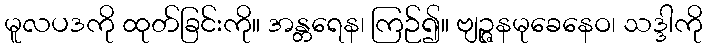
မူလပဒကို ထုတ်ခြင်းကို။ အန္တရေန၊ ကြဉ်၍။ ဗျဉ္ဇနမုခေနေဝ၊ သဒ္ဒါကို